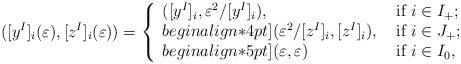
LaTeX: \begin{align*}([y^I]_i(\varepsilon),[z^I]_i(\varepsilon))=\left \{\begin{array}{ll}([y^I]_i, \varepsilon^2/[y^I]_i), & \mbox{ if } i \in I_+;\\begin{align*}4pt]( \varepsilon^2/[z^I]_i,[z^I]_i), & \mbox{ if } i \in J_+;\\begin{align*}5pt](\varepsilon,\varepsilon) & \mbox{ if } i \in I_0,\end{array}\right.\end{align*}